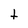
Character: t